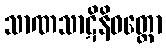
သာဏသာဋိနိဝတ္ထော